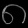
Digit: ၈